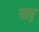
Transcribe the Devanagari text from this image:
सावु